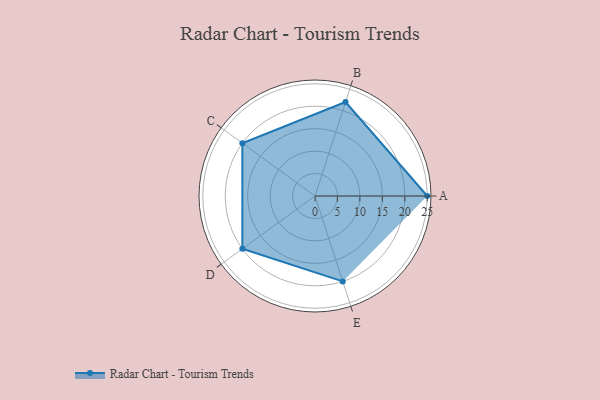
{"axis": {"x": "Skill", "y": "Score"}, "legend": ["Profile"], "data": [{"x": "A", "y": 25.0, "type": "Profile"}, {"x": "B", "y": 22.0, "type": "Profile"}, {"x": "C", "y": 20, "type": "Profile"}, {"x": "D", "y": 20, "type": "Profile"}, {"x": "E", "y": 20, "type": "Profile"}]}